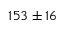
1 5 3 \pm 1 6